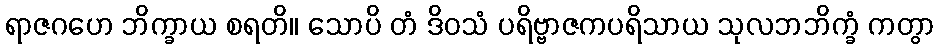
ရာဇဂဟေ ဘိက္ခာယ စရတိ။ သောပိ တံ ဒိဝသံ ပရိဗ္ဗာဇကပရိသာယ သုလဘဘိက္ခံ ကတွာ